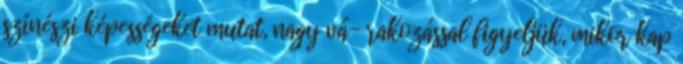
színészi képességeket mutat, nagy vá- rakozással figyeljük, mikor kap